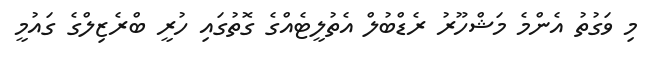
މި ވަގުުތު އެންމެ މަޝްހޫރު ރެޑްބުލް އެތުލީޓެއްގެ ގޮތުގައި ހުރީ ބްރެޒިލްގެ ގައުމީ